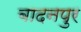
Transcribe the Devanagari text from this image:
बादनपुर